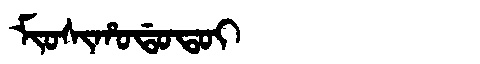
Manchu: ᠮᡳᠣᠰᡳᡥᠣᡩᠣᡨᠣᡳ
Romanization: MIOSIHODOTOI